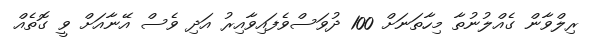
ރިލްވާން ގެއްލުނުތާ މިހާތަނަށް 100 ދުވަސްވެފައިވާއިރު އަދި ވެސް އޭނާއަށް ވީ ގޮތެއް